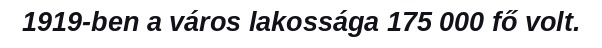
1919-ben a város lakossága 175 000 fő volt.